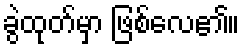
ခွဲထုတ်မှာ ဖြစ်လေ၏။